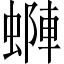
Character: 𧏶